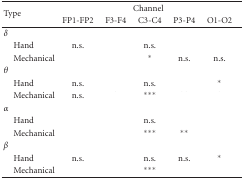
<table><thead><tr><td rowspan="2"><b>Type</b></td><td colspan="5"><b>Channel</b></td></tr><tr><td><b>FP1-FP2</b></td><td><b>F3-F4</b></td><td><b>C3-C4</b></td><td><b>P3-P4</b></td><td><b>O1-O2</b></td></tr></thead><tbody><tr><td><i>δ</i></td><td>[EMPTY_CELL]</td><td>[EMPTY_CELL]</td><td>[EMPTY_CELL]</td><td>[EMPTY_CELL]</td><td>[EMPTY_CELL]</td></tr><tr><td> Hand</td><td>n.s.</td><td>[EMPTY_CELL]</td><td>n.s.</td><td>[EMPTY_CELL]</td><td>[EMPTY_CELL]</td></tr><tr><td> Mechanical</td><td>[EMPTY_CELL]</td><td>[EMPTY_CELL]</td><td>*</td><td>n.s.</td><td>n.s.</td></tr><tr><td><i>θ</i></td><td>[EMPTY_CELL]</td><td>[EMPTY_CELL]</td><td>[EMPTY_CELL]</td><td>[EMPTY_CELL]</td><td>[EMPTY_CELL]</td></tr><tr><td> Hand</td><td>n.s.</td><td>[EMPTY_CELL]</td><td>n.s.</td><td>[EMPTY_CELL]</td><td>*</td></tr><tr><td> Mechanical</td><td>n.s.</td><td>[EMPTY_CELL]</td><td>***</td><td>[EMPTY_CELL]</td><td>[EMPTY_CELL]</td></tr><tr><td><i>α</i></td><td>[EMPTY_CELL]</td><td>[EMPTY_CELL]</td><td>[EMPTY_CELL]</td><td>[EMPTY_CELL]</td><td>[EMPTY_CELL]</td></tr><tr><td> Hand</td><td>[EMPTY_CELL]</td><td>[EMPTY_CELL]</td><td>n.s.</td><td>[EMPTY_CELL]</td><td>[EMPTY_CELL]</td></tr><tr><td> Mechanical</td><td>[EMPTY_CELL]</td><td>[EMPTY_CELL]</td><td>***</td><td>**</td><td>[EMPTY_CELL]</td></tr><tr><td><i>β</i></td><td>[EMPTY_CELL]</td><td>[EMPTY_CELL]</td><td>[EMPTY_CELL]</td><td>[EMPTY_CELL]</td><td>[EMPTY_CELL]</td></tr><tr><td> Hand</td><td>n.s.</td><td>[EMPTY_CELL]</td><td>n.s.</td><td>n.s.</td><td>*</td></tr><tr><td> Mechanical</td><td>[EMPTY_CELL]</td><td>[EMPTY_CELL]</td><td>***</td><td>[EMPTY_CELL]</td><td>[EMPTY_CELL]</td></tr></tbody></table>